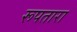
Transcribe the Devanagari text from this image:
रूपतारा